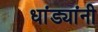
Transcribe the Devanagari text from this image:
धांड्यांनी